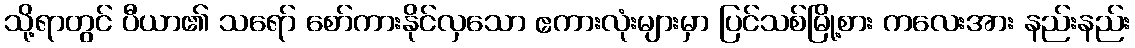
သို့ရာတွင် ပီယာ၏ သရော် စော်ကားနိုင်လှသော ဧကားလုံးများမှာ ပြင်သစ်မြို့စား ကလေးအား နည်းနည်း